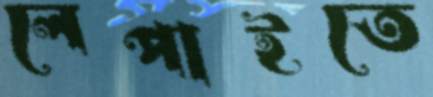
লেপাইতে